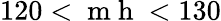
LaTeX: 120<\mathrm{~m~h~}<130